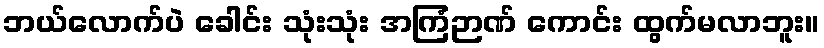
ဘယ်လောက်ပဲ ခေါင်း သုံးသုံး အကြံဉာဏ် ကောင်း ထွက်မလာဘူး။